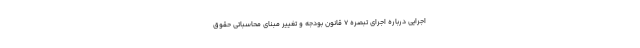
اجرایی درباره اجرای تبصره ۷ قانون بودجه و تغییر مبنای محاسباتی حقوق